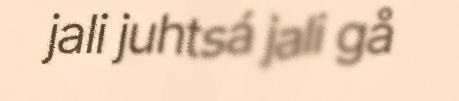
jali juhtsá jali gå